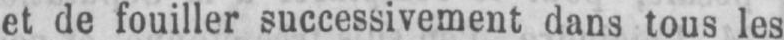
et de fouiller successivement dans tous les